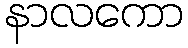
နာလကော